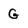
Character: G